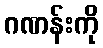
ဂဏန်းကို